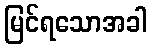
မြင်ရသောအခါ